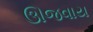
ઊજવાય